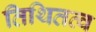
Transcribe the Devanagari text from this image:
तिथितत्व